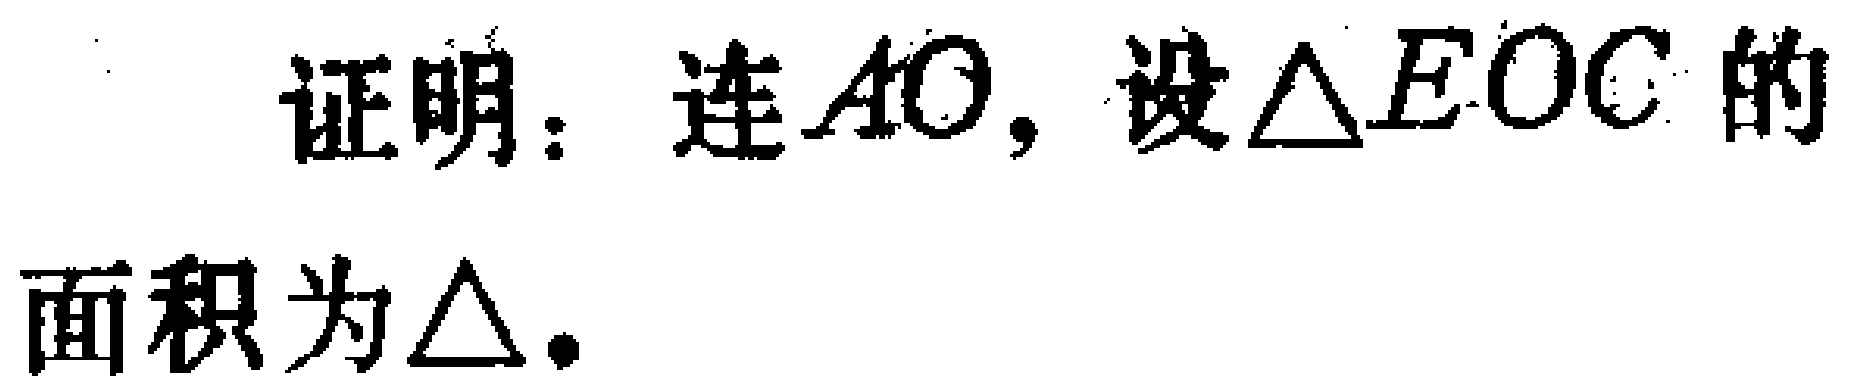
证明：连$AO$，设$\triangle EOC$的面积为$\triangle$.